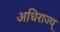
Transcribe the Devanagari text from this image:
अधिराज्य्